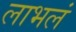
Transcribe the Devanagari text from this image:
लाभलं